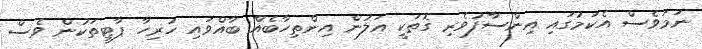
ނަމަވެސް އެކަމުގައި އިންސާފުވެރި ގޮތަކީ އަލުން އިންތިހާބެއް ބާއްވައި ހުރިހާ ޕާޓީތަކުން ވެސް